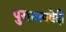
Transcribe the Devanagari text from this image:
पुरातत्ववेदी